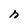
Character: h